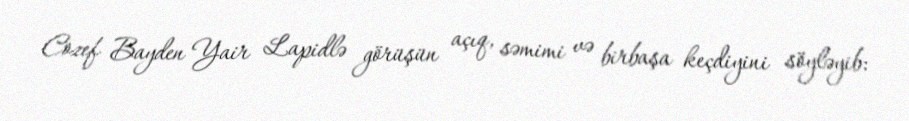
Cozef Bayden Yair Lapidlə görüşün açıq, səmimi və birbaşa keçdiyini söyləyib: